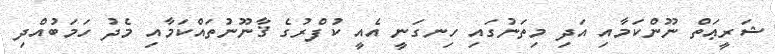
ޝަރީޢަތް ނޫންކަމާއި އަދި މިތަނުގައި ހިނގަނީ އެއީ ކުފްރުގެ ޤާނޫނުތައްކަމާއި މެދު ހަމަބުއްދި